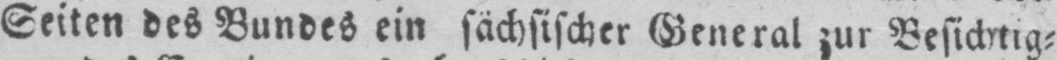
Seiten des Bundes ein sächsischer General zur Besichtig⸗